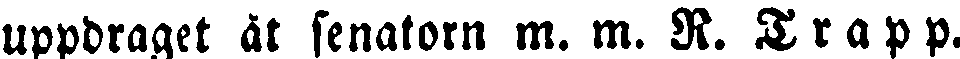
uppdraget åt senatorn m. m. R. Trapp.